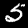
Digit: 5